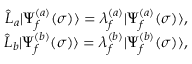
\begin{array} { r l r } & { } & { \hat { L } _ { a } | \Psi _ { f } ^ { ( a ) } ( \sigma ) \rangle = \lambda _ { f } ^ { ( a ) } | \Psi _ { f } ^ { ( a ) } ( \sigma ) \rangle , } \\ & { } & { \hat { L } _ { b } | \Psi _ { f } ^ { ( b ) } ( \sigma ) \rangle = \lambda _ { f } ^ { ( b ) } | \Psi _ { f } ^ { ( b ) } ( \sigma ) \rangle , } \end{array}